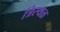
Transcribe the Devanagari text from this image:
त्रिस्थळ